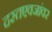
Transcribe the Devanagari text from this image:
दस्तएवजांवर